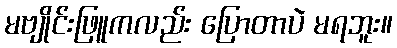
မဗျိုင်းဖြူကလည်း ပြောတာပဲ မရဘူး။